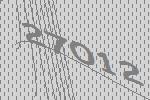
27012